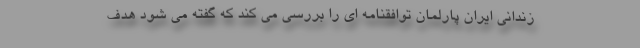
زندانی ایران پارلمان توافقنامه ای را بررسی می کند که گفته می شود هدف